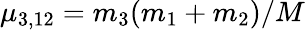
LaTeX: \mu_{3,12}=m_{3}(m_{1}+m_{2})/M